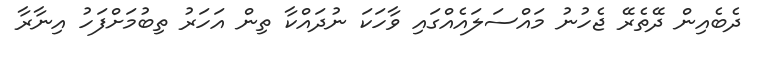
ދެބެއިން ދޭތެރޭ ޖެހުނު މައްސަލައެއްގައި ވާހަކަ ނުދައްކާ ތިން އަހަރު ތިބުމަށްފަހު އިނާރާ